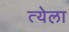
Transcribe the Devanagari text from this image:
त्येला